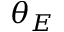
\theta _ { E }